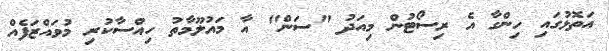
އަތޮޅުގައި ހިންގާ އެ ރިސޯޓުން މިއަދު "ސަން" އާ މައުލޫމާތު ހިއްސާކުރި މުވައްޒަފެއް